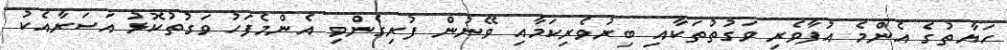
ހަޔާތުގެ އެންމެ އުފާވެރި ވަގުތުތަކާއި ބިރުވެރިކަމާއި ވޭނުން ފުރިގެންވި އެންމެފަހު ވަގުތުކޮޅު އަސަރާއެކު